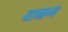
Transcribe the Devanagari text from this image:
वाग्रम